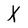
Character: X